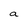
Character: a